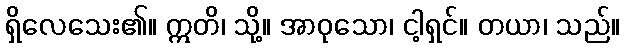
ရှိလေသေး၏။ ဣတိ၊ သို့။ အာဝုသော၊ ငါ့ရှင်။ တယာ၊ သည်။